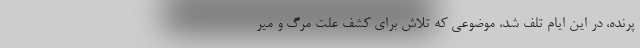
پرنده، در این ایام تلف شد، موضوعی که تلاش برای کشف علت مرگ و میر